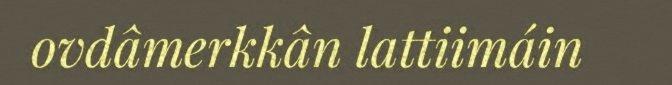
ovdâmerkkân lattiimáin